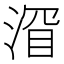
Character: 𬈐